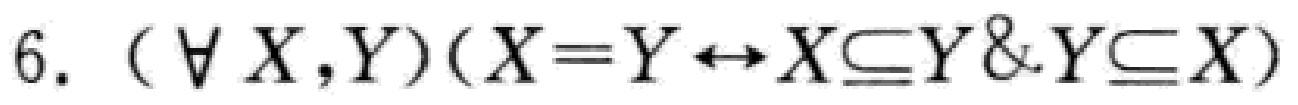
$6. (\forall X,Y)(X = Y\leftrightarrow X\subseteq Y\&Y\subseteq X)$